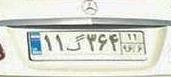
۱۱گ۳۶۴۱۱